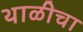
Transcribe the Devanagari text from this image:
थाळीचा